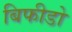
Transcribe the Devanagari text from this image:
बिफीडो